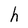
Character: h